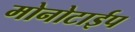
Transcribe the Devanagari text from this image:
मोनोटाईप